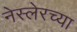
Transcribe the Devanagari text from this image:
नेस्लेरच्या